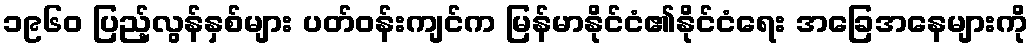
၁၉၆၀ ပြည့်လွန်နှစ်များ ပတ်ဝန်းကျင်က မြန်မာနိုင်ငံ၏နိုင်ငံရေး အခြေအနေများကို